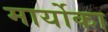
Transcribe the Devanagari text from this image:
मार्योका